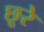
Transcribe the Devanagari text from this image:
छूरे